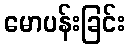
မောပန်းခြင်း